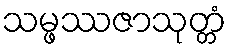
သမ္ဖဿဇာသုတ္တံ